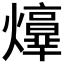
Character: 𤑴